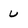
Character: u